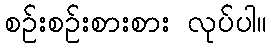
စဉ်းစဉ်းစားစား လုပ်ပါ။